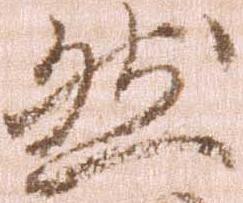
然